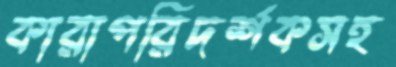
কারাপরিদর্শকসহ